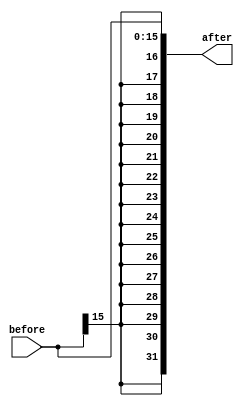
module signExt(
  input [15:0] before,
  output [31:0] after
  );
  
  assign after = {{16{before[15]}}, before};

endmodule